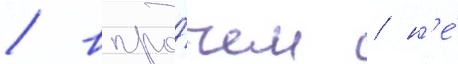
/ впро́чем / н'е́